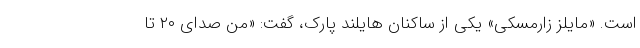
است. «مایلز زارمسکی» یکی از ساکنان هایلند پارک، گفت: «من صدای ۲۰ تا